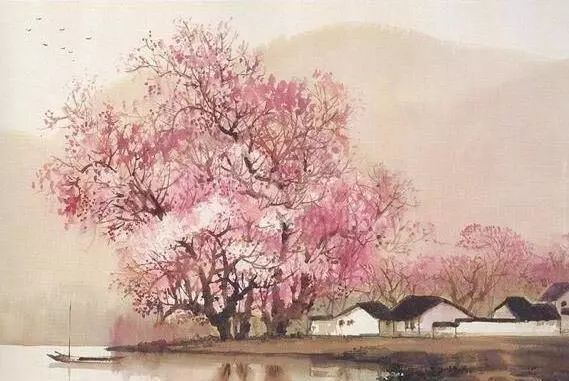
桃花春色暖先开，明媚谁人不看来。